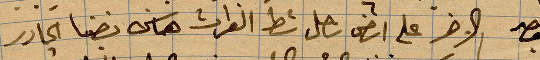
...على ارض يصل شط الفرات هناك بضنا الجادر